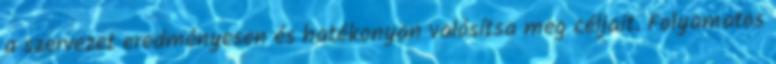
a szervezet eredményesen és hatékonyan valósítsa meg céljait. Folyamatos